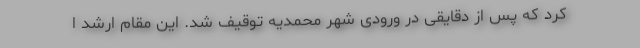
کرد که پس از دقایقی در ورودی شهر محمدیه توقیف شد. این مقام ارشد ا